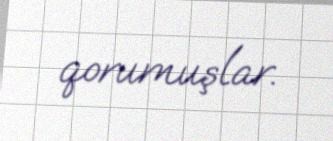
qorumuşlar.